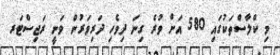
މި ކްލާސްތަކުގައި 580 އަށް ވުރެ ގިނަ ދިވެހި ދަރިވަރުން ވަނީ ރަޖިސްޓަރ